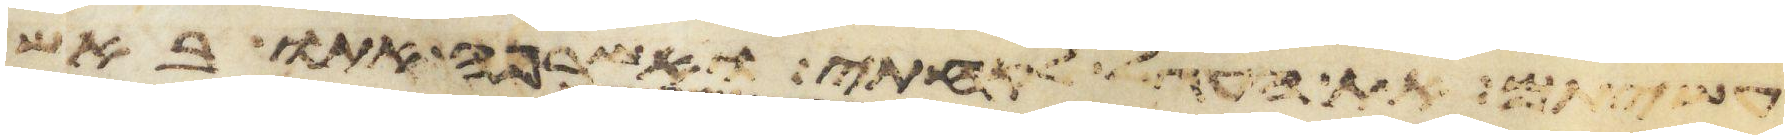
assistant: עשיתם את העגל לקחתי ואשרפה אתו באש